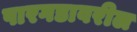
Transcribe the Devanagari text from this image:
पारगडावरील